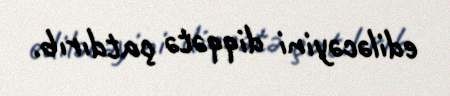
ediləcəyini diqqətə çatdırıb.